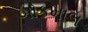
બોકમાલ